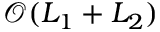
\mathcal { O } ( L _ { 1 } + L _ { 2 } )